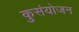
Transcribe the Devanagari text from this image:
कुसंयोजन